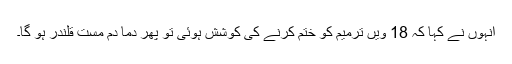
انہوں نے کہا کہ 18 ویں ترمیم کو ختم کرنے کی کوشش ہوئی تو پھر دما دم مست قلندر ہو گا۔